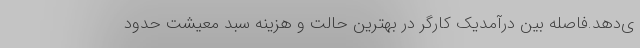
ی‌دهد.فاصله بین درآمدیک کارگر در بهترین حالت و هزینه سبد معیشت حدود